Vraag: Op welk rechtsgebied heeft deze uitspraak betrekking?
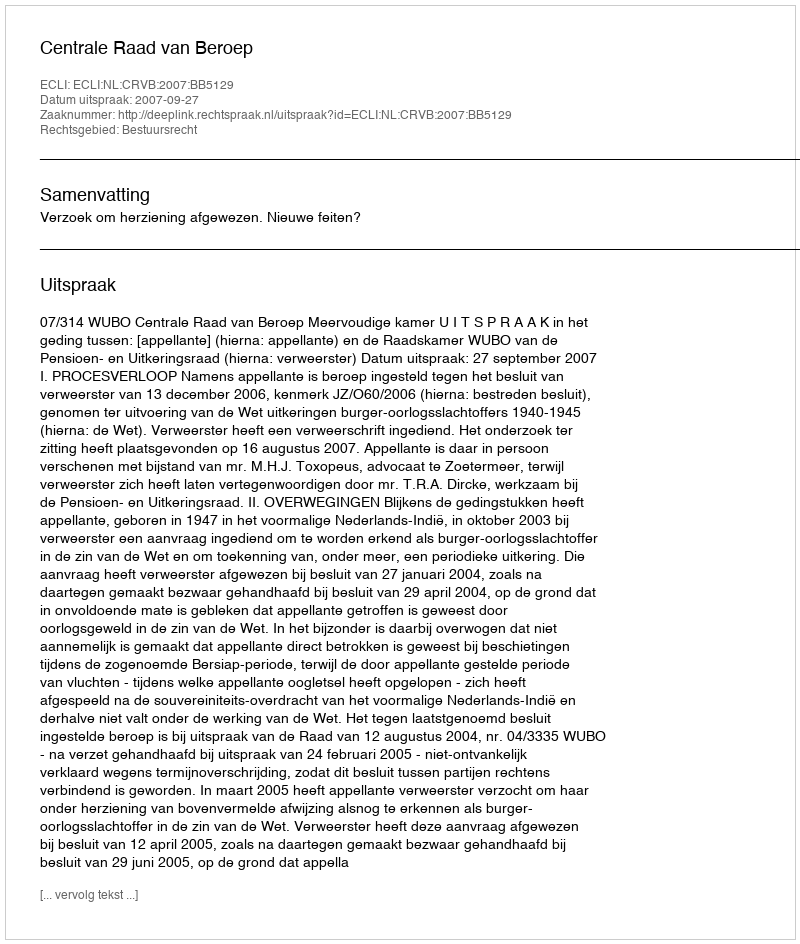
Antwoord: Bestuursrecht